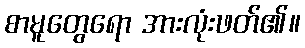
စာမူတွေရော အားလုံးဖတ်၏။